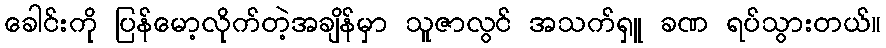
ခေါင်းကို ပြန်မော့လိုက်တဲ့အချိန်မှာ သူဇာလွင် အသက်ရှူ ခဏ ရပ်သွားတယ်။